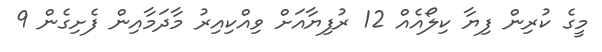
މީގެ ކުރިން ފިޔާ ކިލޯއެއް 12 ރުފިޔާއަށް ވިއްކިއިރު މާދަމާއިން ފެށިގެން 9